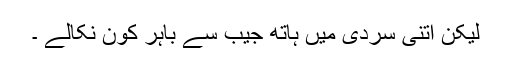
لیکن اتنی سردی میں ہاتھ جیب سے باہر کون نکالے ۔